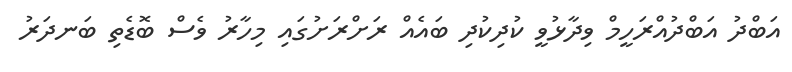
އަބްދު އަބްދުއްރަހީމް ވިދާޅުވީ ކުދިކުދި ބައެއް ރަށްރަށުގައި މިހާރު ވެސް ބޮޑެތި ބަނދަރު